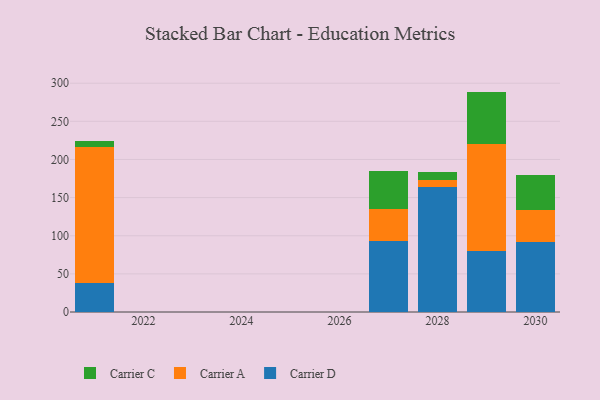
{"axis": {"x": "Year", "y": "Production Output"}, "legend": ["Carrier A", "Carrier C", "Carrier D"], "data": [{"x": "2030", "y": 92.1, "type": "Carrier D"}, {"x": "2030", "y": 41.1, "type": "Carrier A"}, {"x": "2030", "y": 46.2, "type": "Carrier C"}, {"x": "2028", "y": 164.5, "type": "Carrier D"}, {"x": "2028", "y": 8.3, "type": "Carrier A"}, {"x": "2028", "y": 10.3, "type": "Carrier C"}, {"x": "2029", "y": 80.5, "type": "Carrier D"}, {"x": "2029", "y": 140.2, "type": "Carrier A"}, {"x": "2029", "y": 68.3, "type": "Carrier C"}, {"x": "2021", "y": 38.0, "type": "Carrier D"}, {"x": "2021", "y": 178.4, "type": "Carrier A"}, {"x": "2021", "y": 8.0, "type": "Carrier C"}, {"x": "2027", "y": 92.8, "type": "Carrier D"}, {"x": "2027", "y": 41.9, "type": "Carrier A"}, {"x": "2027", "y": 50.2, "type": "Carrier C"}]}